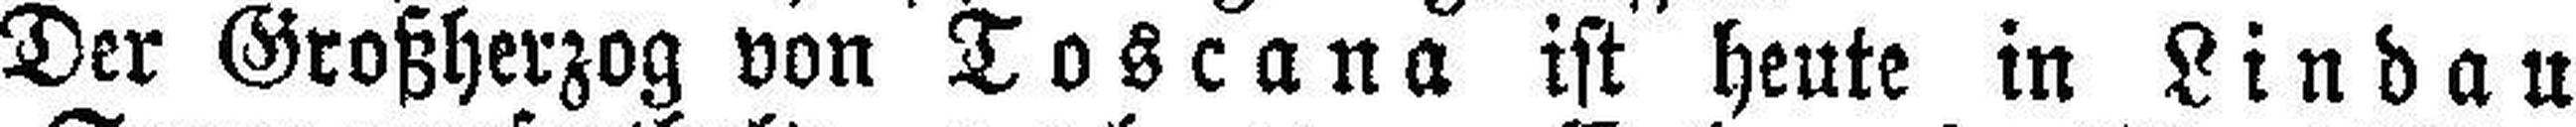
Der Großherzog von Toscana ist heute in Lindau